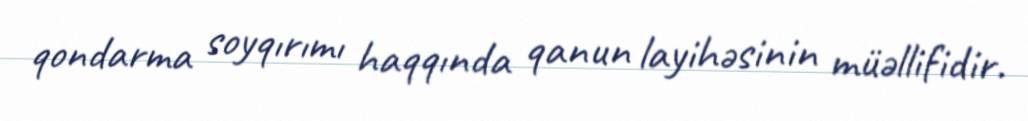
qondarma soyqırımı haqqında qanun layihəsinin müəllifidir.